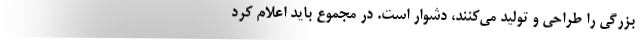
بزرگی را طراحی و تولید می‌کنند، دشوار است. در مجموع باید اعلام کرد